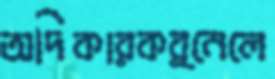
অদিকারকর্নেলে